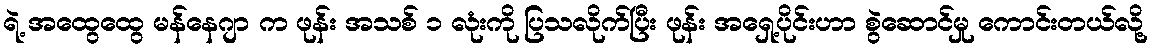
ရဲ့ အထွေထွေ မန်နေဂျာ က ဖုန်း အသစ် ၁ လုံးကို ပြသလိုက်ပြီး ဖုန်း အရှေ့ပိုင်းဟာ စွဲဆောင်မှု ကောင်းတယ်လို့